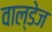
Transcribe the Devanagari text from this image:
वाल्डेज